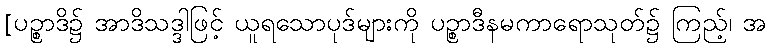
[ပဉ္စာဒိ၌ အာဒိသဒ္ဒါဖြင့် ယူရသောပုဒ်များကို ပဉ္စာဒီနမကာရောသုတ်၌ ကြည့်၊ အ